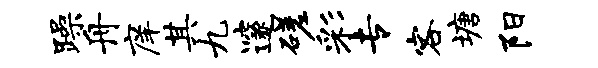
躁舟庠其九邃磋彩专客塘阳